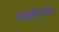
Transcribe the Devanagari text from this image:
लक्ष्मेश्‍वर